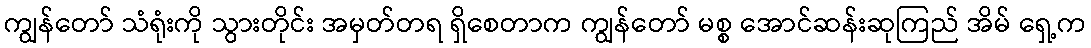
ကျွန်တော် သံရုံးကို သွားတိုင်း အမှတ်တရ ရှိစေတာက ကျွန်တော် မစ္စ အောင်ဆန်းဆုကြည် အိမ် ရှေ့က